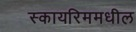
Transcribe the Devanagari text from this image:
स्कायरिममधील